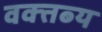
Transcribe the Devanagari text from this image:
वक्‍तब्‍य